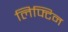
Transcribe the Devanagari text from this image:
लिफ्टिन